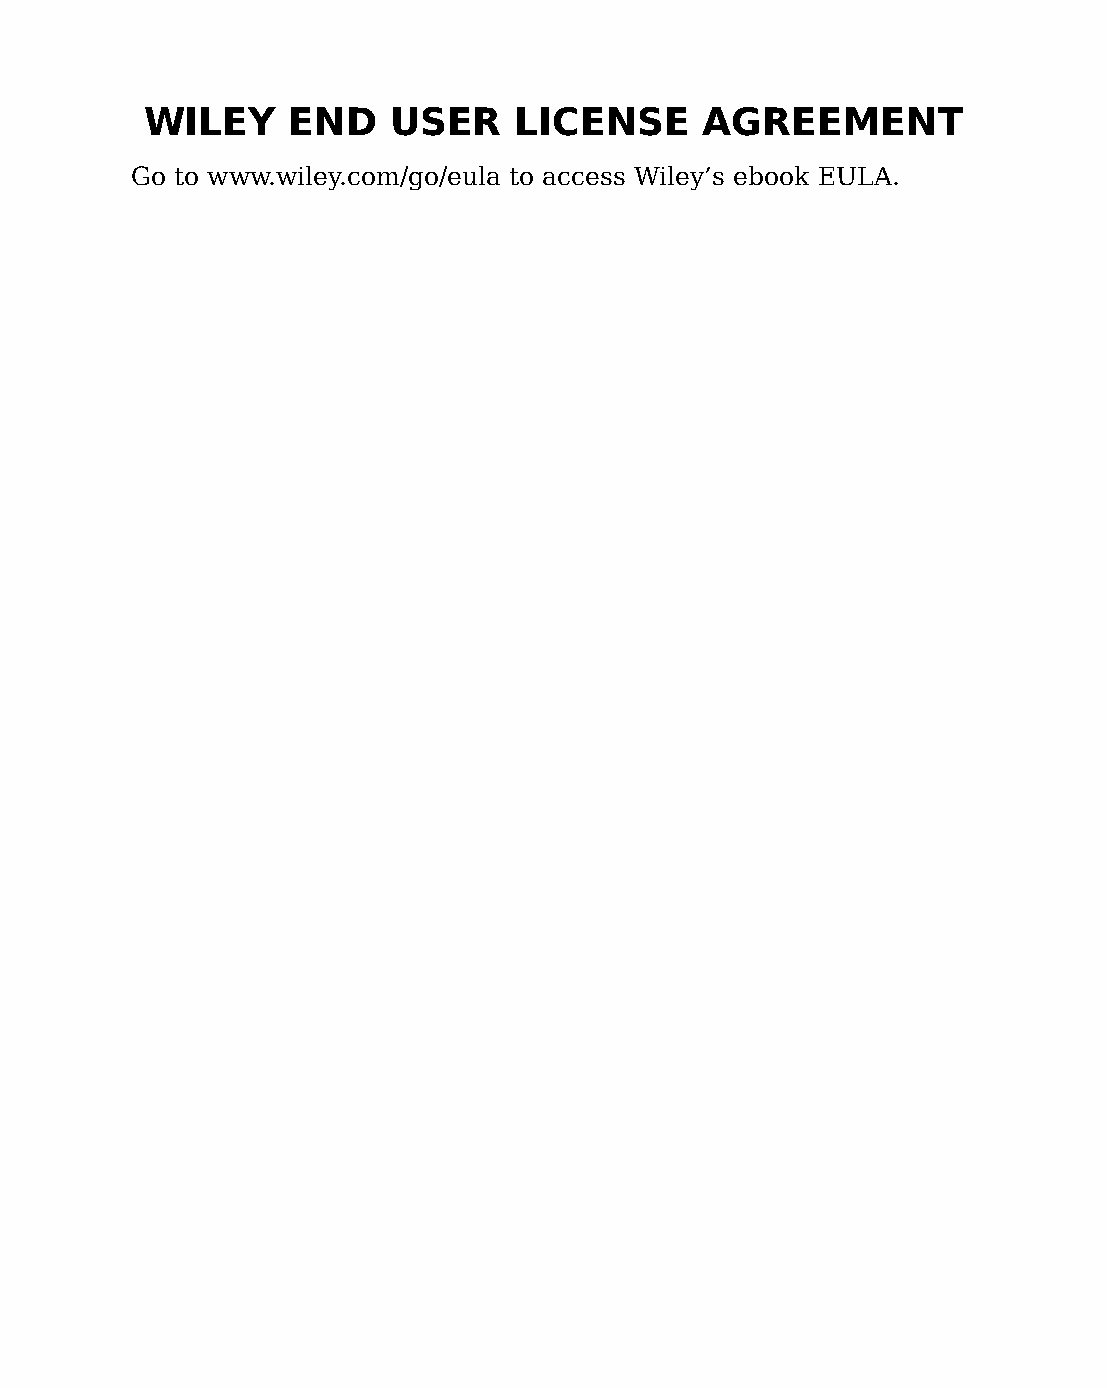
WILEY    END    USER    LICENSE      AGREEMENT
 Go to www.wiley.com/go/eula to access Wiley’s ebook EULA.